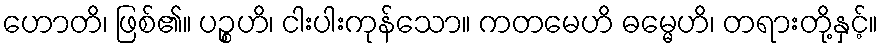
ဟောတိ၊ ဖြစ်၏။ ပဉ္စဟိ၊ ငါးပါးကုန်သော။ ကတမေဟိ ဓမ္မေဟိ၊ တရားတို့နှင့်။